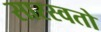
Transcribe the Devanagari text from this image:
सारस्वतो